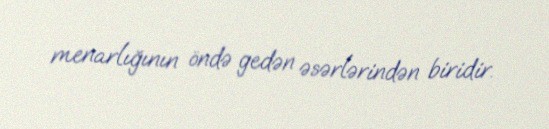
menarlığının öndə gedən əsərlərindən biridir.